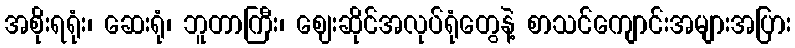
အစိုးရရုံး၊ ဆေးရုံ၊ ဘူတာကြီး၊ ဈေးဆိုင်အလုပ်ရုံတွေနဲ့ စာသင်ကျောင်းအများအပြား